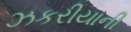
ઝકરીયાની